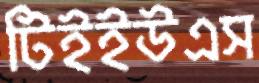
টিইইউএস